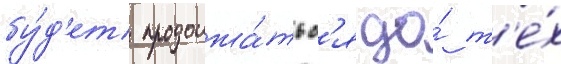
бу́д'ет продолжа́тьс'я до́ т'е́х